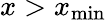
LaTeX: x>x_{\mathrm{min}}